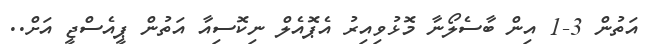
އަތުން 3-1 އިން ބާސެލޯނާ މޮޅުވިއިރު އެޕޮއެލް ނިކޮސިއާ އަތުން ޕީއެސްޖީ އަށް..